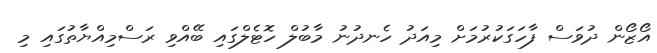
އޯޒޯން ދުވަސް ފާހަގަކުރުމަށް މިއަދު ހެނދުނު މާބުލް ހޮޓެލްގައި ބޭއްވި ރަސްމިއްޔާތުގައި މި